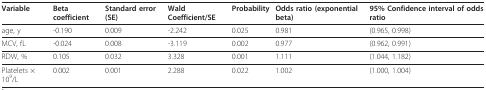
| Variable | Beta coefficient | Standard error (SE) | Wald Coefficient/SE | Probability | Odds ratio (exponential beta) | 95% Confidence interval of odds ratio |
 | --- | --- | --- | --- | --- | --- | --- |
 | age, y | -0.190 | 0.009 | -2.242 | 0.025 | 0.981 | (0.965, 0.998) |
 | MCV, fL | -0.024 | 0.008 | -3.119 | 0.002 | 0.977 | (0.962, 0.991) |
 | RDW, % | 0.105 | 0.032 | 3.328 | 0.001 | 1.111 | (1.044, 1.182) |
 | Platelets × 109/L | 0.002 | 0.001 | 2.288 | 0.022 | 1.002 | (1.000, 1.004) |